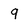
Character: 9